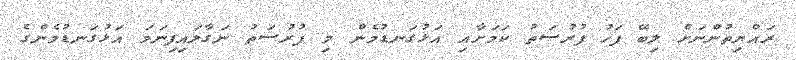
ރައްޔިތުންނަށް ލިބޭ ފަހު ފުރުސަތު ކަމަށާއި އަޅުގަނޑުމެން މި ފުރުސަތު ނަގާލައިފިނަމަ އަޅުގަނޑުމެންގެ